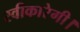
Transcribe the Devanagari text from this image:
स्वीकारेगी।